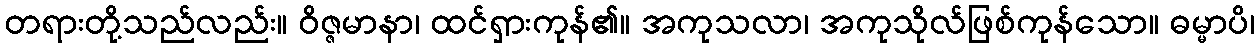
တရားတို့သည်လည်း။ ဝိဇ္ဇမာနာ၊ ထင်ရှားကုန်၏။ အကုသလာ၊ အကုသိုလ်ဖြစ်ကုန်သော။ ဓမ္မာပိ၊